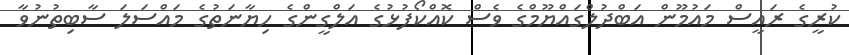
ކުރީގެ ރައީސް މައުމޫން އަބްދުލްގައްޔޫމްގެ ވެސް ކޮއްކޯފުޅުގެ އަލްގީންގެ ހިޔާނަތުގެ މައްސަލަ ސާބިތުނުވާ